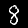
Label: 8